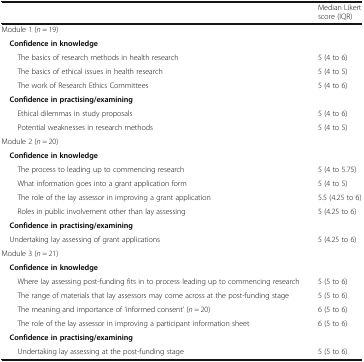
<table><thead><tr><td></td><td><b>Median Likert score (IQR)</b></td></tr></thead><tbody><tr><td colspan="2">Module 1 (<i>n</i> = 19)</td></tr><tr><td colspan="2"> <b>Confidence in knowledge</b></td></tr><tr><td>The basics of research methods in health research</td><td>5 (4 to 6)</td></tr><tr><td>The basics of ethical issues in health research</td><td>5 (4 to 5)</td></tr><tr><td>The work of Research Ethics Committees</td><td>5 (4 to 6)</td></tr><tr><td colspan="2"> <b>Confidence in practising/examining</b></td></tr><tr><td>Ethical dilemmas in study proposals</td><td>5 (4 to 6)</td></tr><tr><td>Potential weaknesses in research methods</td><td>5 (4 to 5)</td></tr><tr><td colspan="2">Module 2 (<i>n</i> = 20)</td></tr><tr><td colspan="2"> <b>Confidence in knowledge</b></td></tr><tr><td>The process to leading up to commencing research</td><td>5 (4 to 5.75)</td></tr><tr><td>What information goes into a grant application form</td><td>5 (4 to 5)</td></tr><tr><td>The role of the lay assessor in improving a grant application</td><td>5.5 (4.25 to 6)</td></tr><tr><td>Roles in public involvement other than lay assessing</td><td>5 (4.25 to 6)</td></tr><tr><td colspan="2"><b> Confidence in practising/examining</b></td></tr><tr><td> Undertaking lay assessing of grant applications</td><td>5 (4.25 to 6)</td></tr><tr><td>Module 3 (<i>n</i> = 21)</td><td></td></tr><tr><td colspan="2"> <b>Confidence in knowledge</b></td></tr><tr><td>Where lay assessing post-funding fits in to process leading up to commencing research</td><td>5 (5 to 6)</td></tr><tr><td>The range of materials that lay assessors may come across at the post-funding stage</td><td>5 (5 to 6)</td></tr><tr><td>The meaning and importance of ‘informed consent’ (<i>n</i> = 20)</td><td>6 (5 to 6)</td></tr><tr><td>The role of the lay assessor in improving a participant information sheet</td><td>6 (5 to 6)</td></tr><tr><td colspan="2"><b> Confidence in practising/examining</b></td></tr><tr><td>Undertaking lay assessing at the post-funding stage</td><td>5 (5 to 6)</td></tr></tbody></table>